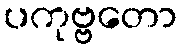
ပကုဗ္ဗတော